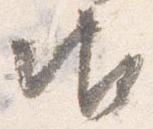
御